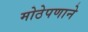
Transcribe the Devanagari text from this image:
मोठेपणाने